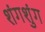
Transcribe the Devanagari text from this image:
शंगशुंग